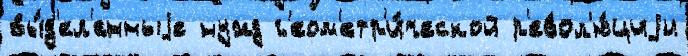
вы́д'ел'енныjе нужд г'еом'етр'и́ческой р'евол'ю́циjи